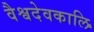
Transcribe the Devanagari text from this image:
वैश्वदेवकालि